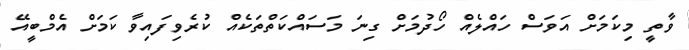
ވާތީ މިކަމަށް އަވަސް ހައްލެއް ހޯދުމަށް ގިނަ މަސައްކަތްތަކެއް ކުރެވިފައިވާ ކަމަށް އެމްބީއޭ